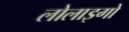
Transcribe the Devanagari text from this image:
लोलाइगो